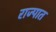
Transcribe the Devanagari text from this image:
राज्पात